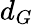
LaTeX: d_{G}